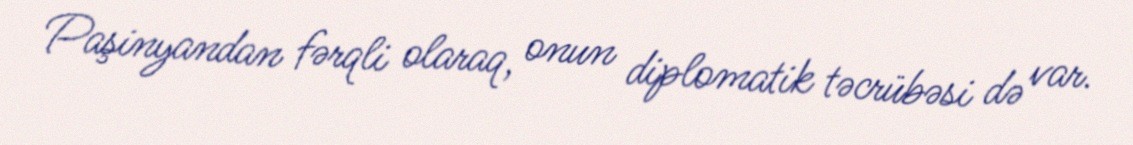
Paşinyandan fərqli olaraq, onun diplomatik təcrübəsi də var.